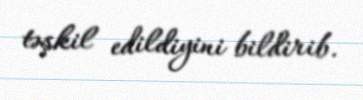
təşkil edildiyini bildirib.